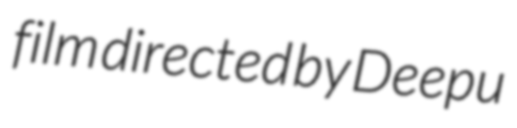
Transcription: film directed by Deepu